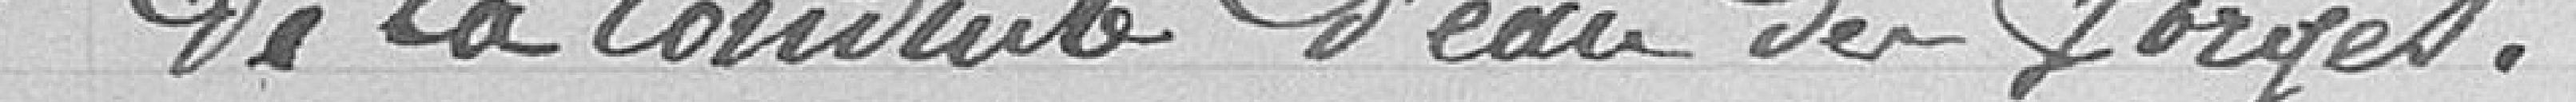
de la conduite d'eau des Forges.